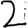
Digit: 2